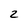
Character: 2